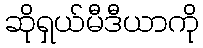
ဆိုရှယ်မီဒီယာကို